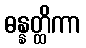
ဓန္နတ္ထိကာ